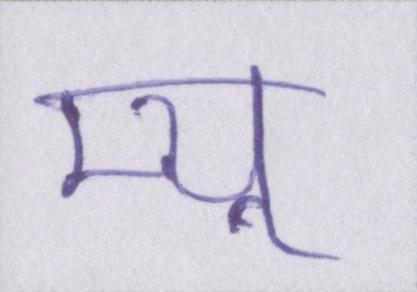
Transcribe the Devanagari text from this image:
म्यू